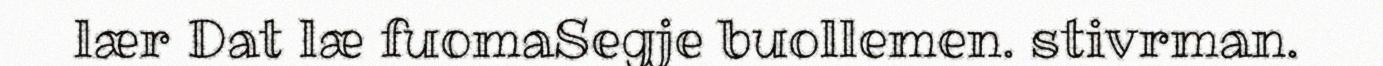
lær Dat læ fuomaSegje buollemen. stivrman.